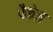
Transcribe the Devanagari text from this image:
पैकेज़